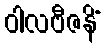
ဝါလဗီဇနိံ